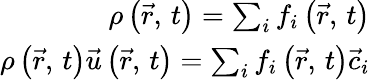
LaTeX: \begin{array}{r}{\rho\left(\vec{r},\, t\right)=\sum_{i}f_{i}\left(\vec{r},\, t\right)}\\ {\rho\left(\vec{r},\, t\right)\vec{u}\left(\vec{r},\, t\right)=\sum_{i}f_{i}\left(\vec{r},\, t\right)\vec{c}_{i}}\end{array}